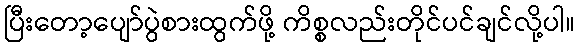
ပြီးတော့ပျော်ပွဲစားထွက်ဖို့ ကိစ္စလည်းတိုင်ပင်ချင်လို့ပါ။